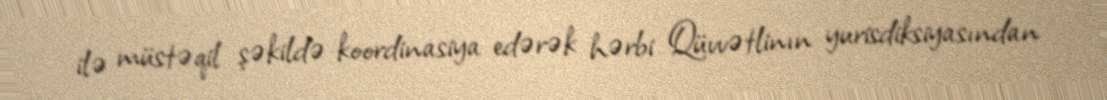
ilə müstəqil şəkildə koordinasiya edərək hərbi Qüvvətlinın yurisdiksiyasından